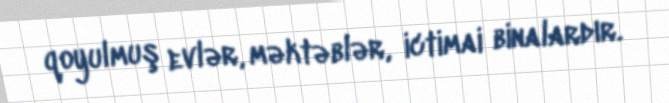
qoyulmuş evlər, məktəblər, ictimai binalardır.